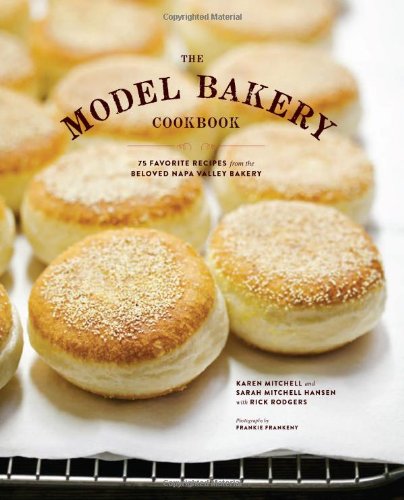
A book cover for The Model Bakery Cookbook: 75 Favorite Recipes from the Beloved Napa Valley Bakery; Karen Mitchell; Cookbooks, Food & Wine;